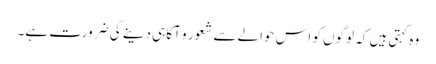
وہ کہتی ہیں کہ لوگوں کو اس حوالے سے شعور و آگاہی دینے کی ضرورت ہے۔